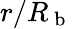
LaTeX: r/R_{\mathrm{~b~}}